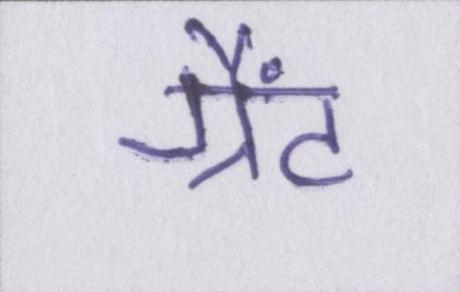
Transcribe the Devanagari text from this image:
ग्रैंट